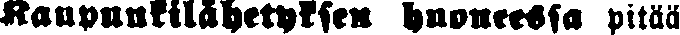
Kaupaunkilähetyksen huoneessa pitää